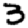
Digit: 3